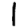
Digit: 1